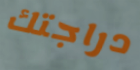
دراجتك